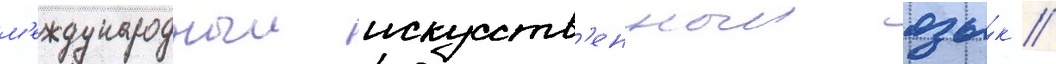
м'еждународныи искусств'енныи язы́к //